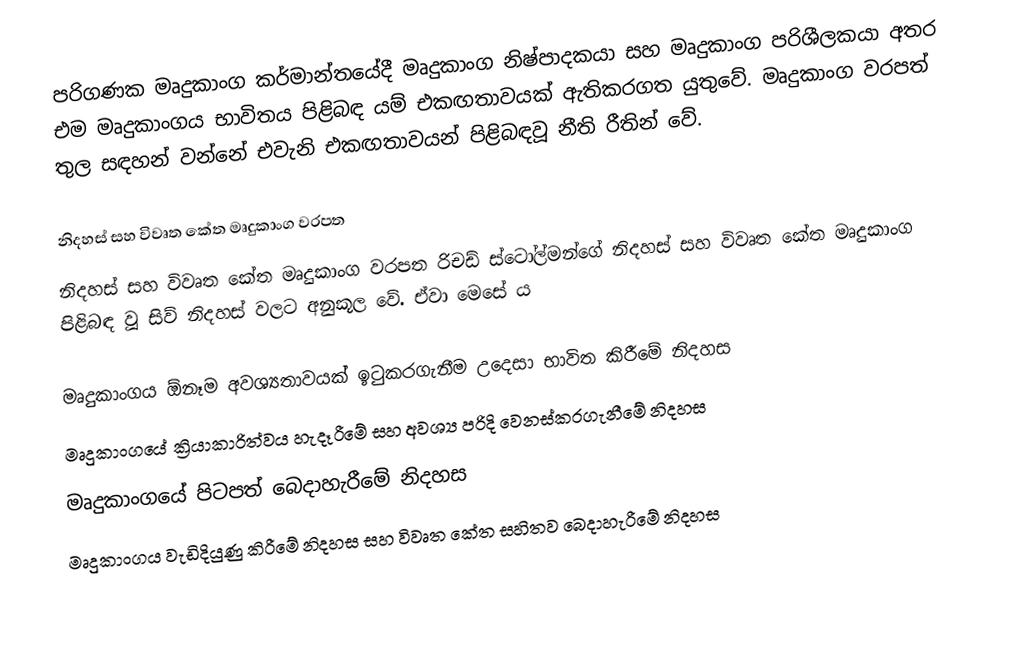
පරිගණක මෘදුකාංග කර්මාන්තයේදී මෘදුකාංග නිෂ්පාදකයා සහ මෘදුකාංග පරිශීලකයා අතර එම මෘදුකාංගය භාවිතය පිළිබඳ යම් එකඟතාවයක් ඇතිකරගත යුතුවේ. මෘදුකාංග වරපත් තුල සඳහන් වන්නේ එවැනි එකඟතාවයන් පිළිබඳවූ නීති රීතින් වේ.

නිදහස් සහ විවෘත කේත මෘදුකාංග වරපත
නිදහස් සහ විවෘත කේත මෘදුකාංග වරපත  රිචඩ් ස්ටෝල්මන්ගේ නිදහස් සහ විවෘත කේත මෘදුකාංග පිළිබඳ වූ සිව් නිදහස් වලට අනුකූල වේ. ඒවා මෙසේ ය

 මෘදුකාංගය ඕනෑම අවශ්‍යතාවයක් ඉටුකරගැනීම උදෙසා භාවිත කිරීමේ නිදහස
 මෘදුකාංගයේ ක්‍රියාකාරිත්වය හැදෑරීමේ සහ අවශ්‍ය පරිදි වෙනස්කරගැනීමේ නිදහස
 මෘදුකාංගයේ පිටපත් බෙදාහැරීමේ නිදහස
 මෘදුකාංගය වැඩිදියුණු කිරීමේ නිදහස සහ විවෘත කේත සහිතව බෙදාහැරීමේ නිදහස